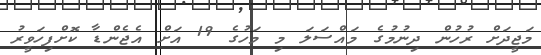
މަޖީދަށް ރުހުން ދިނުމުގެ މައްސަލަ މި މަހުގެ 19 އަށް އެޖެންޑާ ކޮށްފިހަވީރު